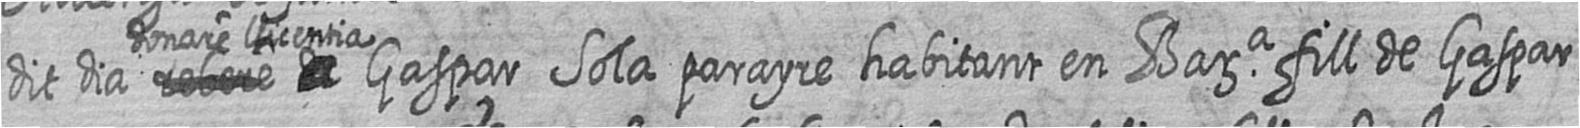
dit dia # # donare llicentia Gaspar Sola parayre habitant en Bara fill de Gaspar